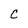
Character: C